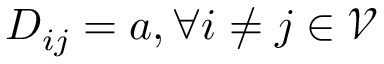
D _ { i j } = a , \forall i \neq j \in \mathcal { V }